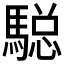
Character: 𲋼